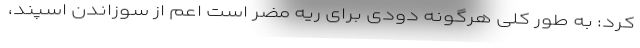
کرد: به طور کلی هرگونه دودی برای ریه مضر است اعم از سوزاندن اسپند،